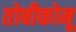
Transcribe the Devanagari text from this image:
तोबीकोमू